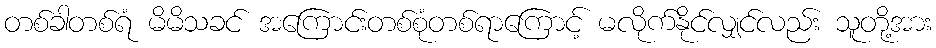
တစ်ခါတစ်ရံ မိမိသခင် အကြောင်းတစ်စုံတစ်ရာကြောင့် မလိုက်နိုင်လျှင်လည်း သူတို့အား